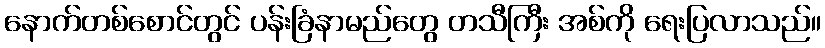
နောက်တစ်စောင်တွင် ပန်းခြံနာမည်တွေ တသီကြီး အစ်ကို ရေးပြလာသည်။